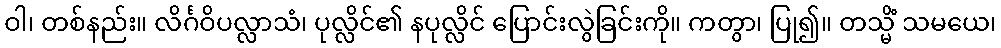
ဝါ၊ တစ်နည်း။ လိင်္ဂဝိပလ္လာသံ၊ ပုလ္လိင်၏ နပုလ္လိင် ပြောင်းလွဲခြင်းကို။ ကတွာ၊ ပြု၍။ တသ္မိံ သမယေ၊